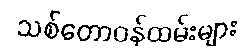
သစ်တောဝန်ထမ်းများ